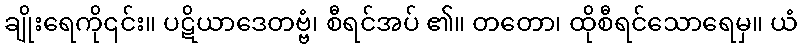
ချိုးရေကို၎င်း။ ပဋိယာဒေတဗ္ဗံ၊ စီရင်အပ် ၏။ တတော၊ ထိုစီရင်သောရေမှ။ ယံ